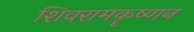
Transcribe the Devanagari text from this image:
शिवरामकॄष्णन